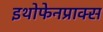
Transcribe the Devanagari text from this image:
इथोफेनप्राक्‍स